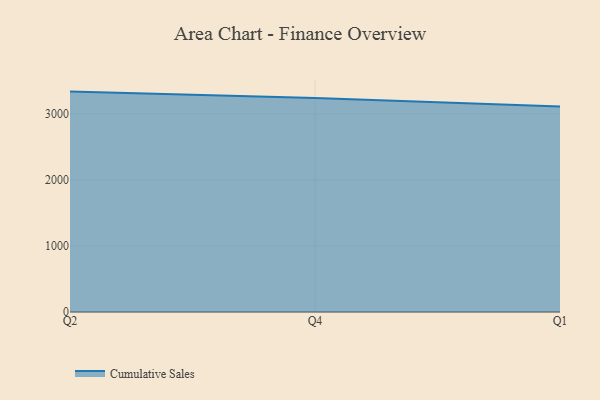
{"axis": {"x": "Quarter", "y": "Population (Million)"}, "legend": ["Cumulative Sales"], "data": [{"x": "Q2", "y": 3337.8, "type": "Cumulative Sales"}, {"x": "Q4", "y": 3241.8, "type": "Cumulative Sales"}, {"x": "Q1", "y": 3111.1, "type": "Cumulative Sales"}]}